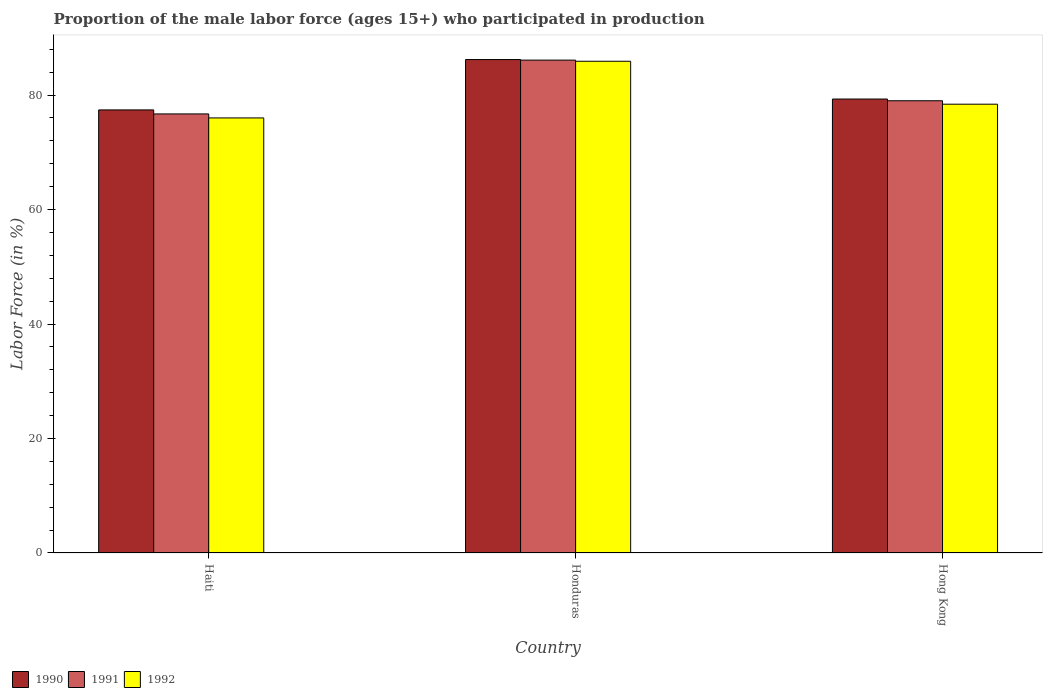
| Country | 1990 | 1991 | 1992 |
 | --- | --- | --- | --- |
 | Haiti | 77.4 | 76.7 | 76 |
 | Honduras | 86.2 | 86.1 | 85.9 |
 | Hong Kong | 79.3 | 79 | 78.4 |